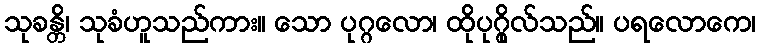
သုခန္တိ၊ သုခံဟူသည်ကား။ သော ပုဂ္ဂလော၊ ထိုပုဂ္ဂိုလ်သည်။ ပရလောကေ၊